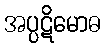
အပ္ပဋိမောဓ